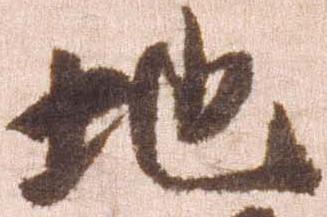
地